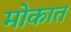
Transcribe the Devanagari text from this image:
मोकात